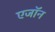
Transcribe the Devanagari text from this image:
एजॉन